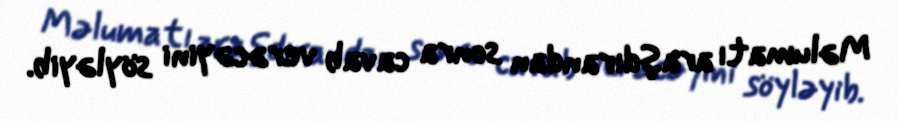
Məlumatı araşdırandan sonra cavab verəcəyini söyləyib.